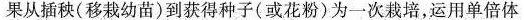
果从插秧(移栽幼苗)到获得种子(或花粉)为一次栽培，运用单倍体